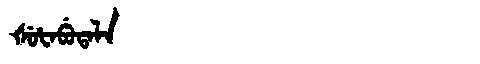
Manchu: ᡧᡠᡶᠠᠪᡠᡨᠠᠯᠠ
Romanization: ŠUFABUTALA